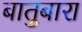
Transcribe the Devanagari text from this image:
बातुबारा